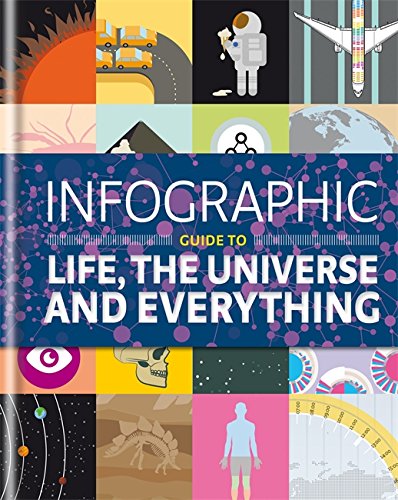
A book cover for Infographic Guide to Life, the Universe and Everything (Infographic Guides); Thames Eaton; Science & Math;